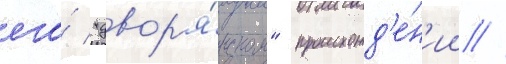
его́ "двор'я́нском" происхожд'е́н'ии //